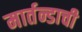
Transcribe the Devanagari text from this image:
मार्तन्डाची